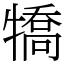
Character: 犞